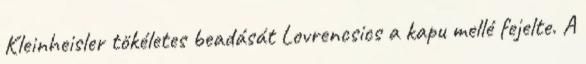
Kleinheisler tökéletes beadását Lovrencsics a kapu mellé fejelte. A